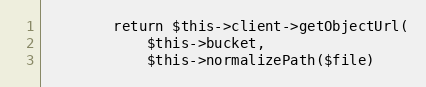
Language: PHP
        return $this->client->getObjectUrl(
            $this->bucket,
            $this->normalizePath($file)